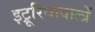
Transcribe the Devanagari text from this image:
इट्रूरियावालों